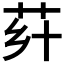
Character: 𦭚